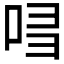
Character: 𠱲